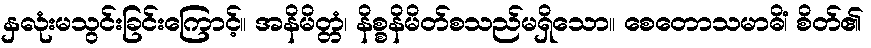
နှလုံးမသွင်းခြင်းကြောင့်။ အနိမိတ္တံ၊ နိစ္စနိမိတ်စသည်မရှိသော။ စေတောသမာဓိံ၊ စိတ်၏